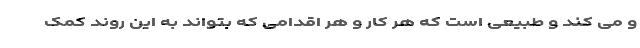
و می کند و طبیعی است که هر کار و هر اقدامی که بتواند به این روند کمک